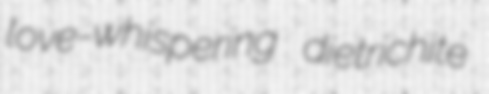
love-whispering dietrichite